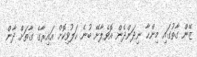
ޒޭން ގާތުގައި މިންޙާ ނިދަންދެން އޮވެލާށޭ ބުނެ ހަލުވިކޮށް އައިރާގެ ގާތަށް ދާން